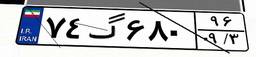
۷۴گ۶۸۰۹۶